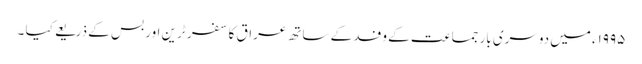
۱۹۹۵ء میں دوسری بار جماعت کے وفد کے ساتھ عراق کا سفر ٹرین اور بس کے ذریعے کیا ۔